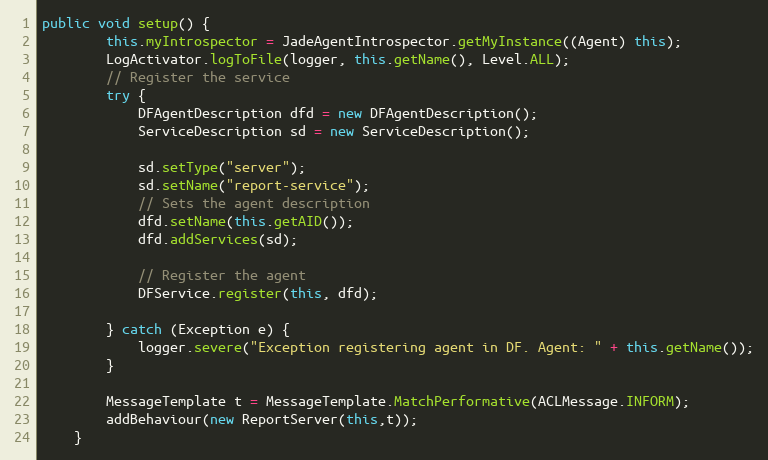
Language: Java
public void setup() {
		this.myIntrospector = JadeAgentIntrospector.getMyInstance((Agent) this);
		LogActivator.logToFile(logger, this.getName(), Level.ALL);
		// Register the service
		try {
			DFAgentDescription dfd = new DFAgentDescription();
			ServiceDescription sd = new ServiceDescription();

	        sd.setType("server");
	        sd.setName("report-service");
	        // Sets the agent description
	        dfd.setName(this.getAID());
	        dfd.addServices(sd);

	        // Register the agent
	        DFService.register(this, dfd);

		} catch (Exception e) {
			logger.severe("Exception registering agent in DF. Agent: " + this.getName());
		}

		MessageTemplate t = MessageTemplate.MatchPerformative(ACLMessage.INFORM);
		addBehaviour(new ReportServer(this,t));
	}